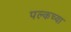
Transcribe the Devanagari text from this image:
पल्कच्या